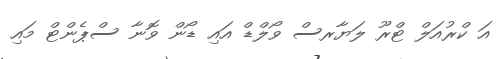
އަ ކްރުއަލް ޓްރޫ ލަޔާރސް ވޯލްޑް އައި ޑޯން ވޮނާ ސްޕެންޓް މައި